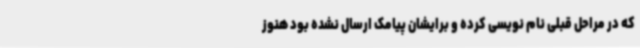
که در مراحل قبلی نام نویسی کرده و برایشان پیامک ارسال نشده بود هنوز